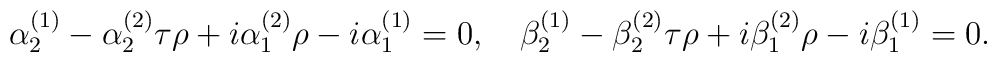
\alpha^{(1)}_2-\alpha^{(2)}_2\tau\rho +i\alpha^{(2)}_1\rho -i\alpha^{(1)}_1=0,\ \ \  \beta^{(1)}_2-\beta^{(2)}_2\tau\rho +i\beta^{(2)}_1\rho-i\beta^{(1)}_1=0.